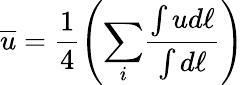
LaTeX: \overline{{u}}=\frac{1}{4}\left({\sum_{i}}\frac{\int ud{\ell}}{\int d{\ell}}\right)